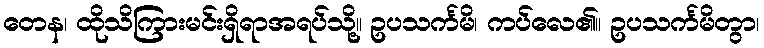
တေန၊ ထိုသိကြားမင်းရှိရာအရပ်သို့။ ဥပသင်္ကမိ၊ ကပ်လေ၏။ ဥပသင်္ကမိတွာ၊